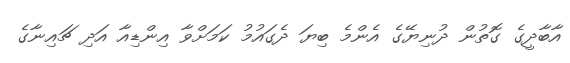
އާބާދީގެ ގޮތުން ދުނިޔޭގެ އެންމެ ބިޔަ ދެގައުމު ކަމަށްވާ އިންޑިއާ އަދި ޗައިނާގެ